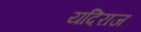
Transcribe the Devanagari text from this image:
यदिराज